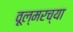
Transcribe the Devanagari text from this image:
वूल्मरच्या